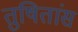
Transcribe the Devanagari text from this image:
तुषितांस